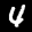
Label: 4